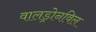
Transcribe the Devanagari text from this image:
वालड्रोनविल